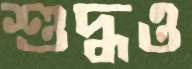
শুদ্ধও